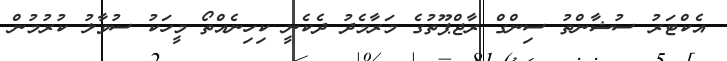
އެކްޓަރު ސުޝާންތު ސިންގް ރާޖްޕޫތުގެ މަރާމެދު ދެކެނީ ކިހިނެއްތޯ މީހަކު ސުވާލު ކުރުމުން